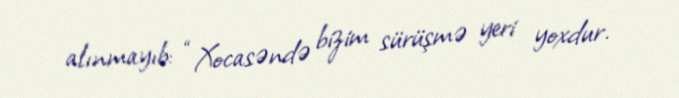
alınmayıb: “Xocasəndə bizim sürüşmə yeri yoxdur.